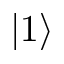
| 1 \rangle